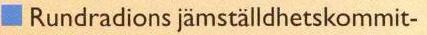
Rundradions jämställdhetskommit-